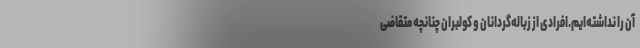
آن را نداشته‌ایم.افرادی از زباله‌گردانان و کولبران چنانچه متقاضی